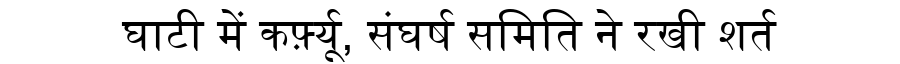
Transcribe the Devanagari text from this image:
घाटी में कर्फ़्यू, संघर्ष समिति ने रखी शर्त